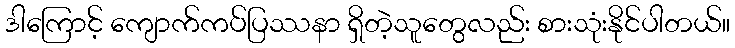
ဒါကြောင့် ကျောက်ကပ်ပြဿနာ ရှိတဲ့သူတွေလည်း စားသုံးနိုင်ပါတယ်။